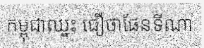
កម្ពុជាឈ្នះ ជឿថាផែនទីណា